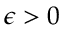
\epsilon > 0